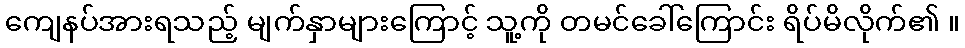
ကျေနပ်အားရသည့် မျက်နှာများကြောင့် သူ့ကို တမင်ခေါ်ကြောင်း ရိပ်မိလိုက်၏ ။